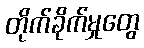
တိုက်ခိုက်မှုတွေ